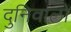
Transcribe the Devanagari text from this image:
दुनिवालों